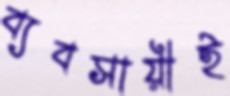
ব্যবসায়ীই